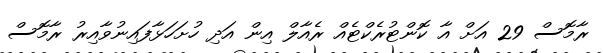
ރާމޮސް 29 އަށް އާ ކޮންޓުރެކްޓެއް ރެއާލް އިން އަދި ހުށަހަޅާފައިނުވާއިރު ރާމޮސް